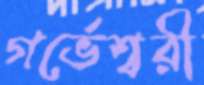
গর্ভেশ্বরী